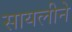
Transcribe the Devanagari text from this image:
सायलीने